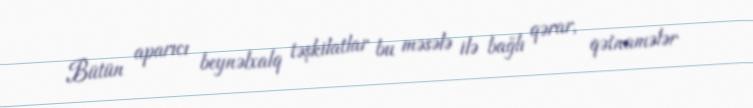
Bütün aparıcı beynəlxalq təşkilatlar bu məsələ ilə bağlı qərar, qətnamələr